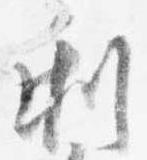
利